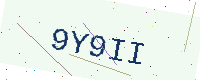
Text: 9Y9II